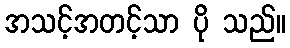
အသင့်အတင့်သာ ပို သည်။